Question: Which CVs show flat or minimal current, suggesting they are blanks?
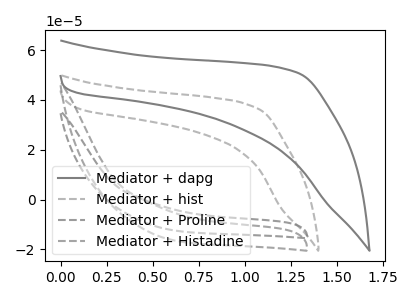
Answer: <think>The gray curve "Mediator + dapg" has no peaks. The gray dashed curve "Mediator + hist" has no peaks. The gray dashed curve "Mediator + Proline" has no peaks. The gray dashed curve "Mediator + Histadine" has no peaks.</think>
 <answer>"Mediator + dapg", "Mediator + hist", "Mediator + Proline" and "Mediator + Histadine" are likely to be blanks.</answer>
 <eval>"Mediator + dapg", "Mediator + hist", "Mediator + Proline", "Mediator + Histadine"</eval>